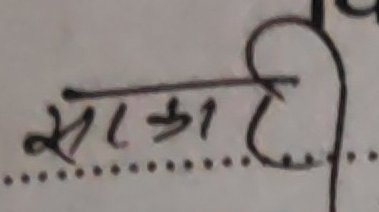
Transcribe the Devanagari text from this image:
सरकारी